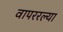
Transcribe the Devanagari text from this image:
वापररल्या